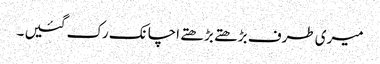
میری طرف بڑھتے بڑھتے اچانک رک گئیں ۔